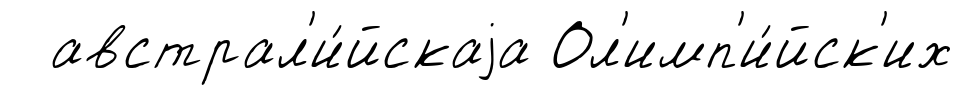
австрал'и́йскаjа Ол'имп'и́йск'их